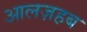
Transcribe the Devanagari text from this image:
आलज़हब